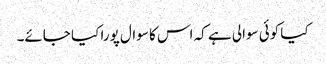
کیا کوئی سوالی ہے کہ اس کا سوال پورا کیا جائے۔